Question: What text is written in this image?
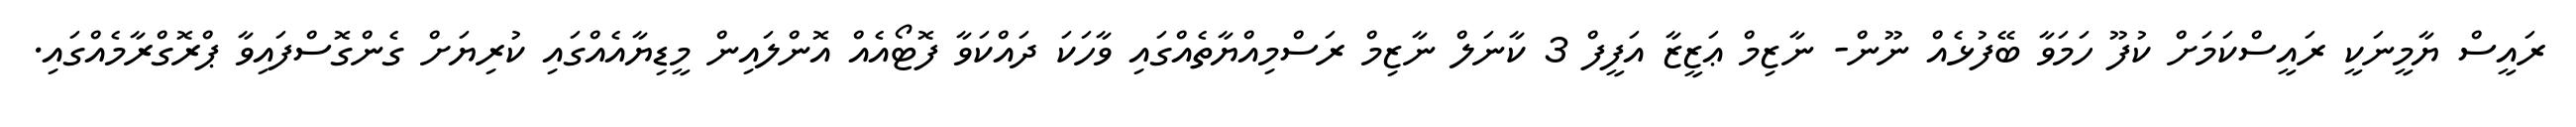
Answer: ރައީސް ޔާމީނަކީ ރައީސްކަމަށް ކުފޫ ހަމަވާ ބޭފުޅެއް ނޫން- ނާޒިމް ޢަޒީޒާ އަފީފް 3 ކާނަލް ނާޒިމް ރަސްމިއްޔާތެއްގައި ވާހަކަ ދައްކަވާ ފޮޓޯއެއް އޮންލައިން މީޑިޔާއެއްގައި ކުރިޔަށް ގެންގޮސްފައިވާ ޕްރޮގްރާމެއްގައި.